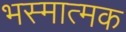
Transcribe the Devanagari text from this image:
भस्मात्मक